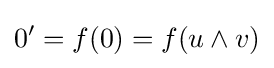
0^{\prime }=f(0)=f(u\wedge v)